Civil Veterinary Dept. Assam report 1911-1927 - 1911-1927
Year: 1911
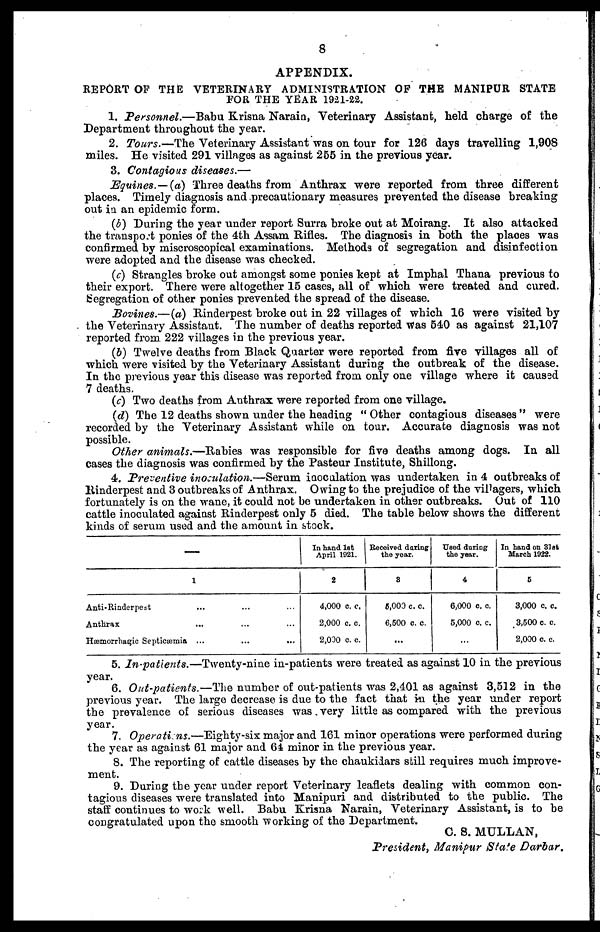
8
APPENDIX.
REPORT OF THE VETERINARY ADMINISTRATION OF THE MANIPUR STATE
FOR THE YEAR 1921-22.
1. Personnel.—Babu Krisna Narain, Veterinary Assistant, held charge of the
Department throughout the year.
2. Tours.—The Veterinary Assistant was on tour for 126 days travelling 1,908
miles. He visited 291 villages as against 255 in the previous year.
3. Contagious diseases.—
Equines.—(a) Three deaths from Anthrax were reported from three different
places. Timely diagnosis and precautionary measures prevented the disease breaking
out in an epidemic form.
(b) During the year under report Surra broke out at Moirang. It also attacked
the transport ponies of the 4th Assam Rifles. The diagnosis in both the places was
confirmed by miscroscopical examinations. Methods of segregation and disinfection
were adopted and the disease was checked.
(c) Strangles broke out amongst some ponies kept at Imphal Thana previous to
their export. There were altogether 15 cases, all of which were treated and cured.
Segregation of other ponies prevented the spread of the disease.
Bovines.—(a) Rinderpest broke out in 22 villages of which 16 were visited by
the Veterinary Assistant. The number of deaths reported was 540 as against 21,107
reported from. 222 villages in the previous year.
(b) Twelve deaths from Black Quarter were reported from five villages all of
which were visited by the Veterinary Assistant during the outbreak of the disease.
In the previous year this disease was reported from only one village where it caused
7 deaths.
(c) Two deaths from Anthrax were reported from one village.
(d) The 12 deaths shown under the heading "Other contagious diseases" were
recorded by the Veterinary Assistant while on tour. Accurate diagnosis was not
possible.
Other animals.—Rabies was responsible for five deaths among dogs. In all
cases the diagnosis was confirmed by the Pasteur Institute, Shillong.
4. Preventive inoculation.—Serum inoculation was undertaken in 4 outbreaks of
Rinderpest and 3 outbreaks of Anthrax. Owing to the prejudice of the villagers, which
fortunately is on the wane, it could not be undertaken in other outbreaks. Out of 110
cattle inoculated against Rinderpest only 5 died. The table below shows the different
kinds of serum used and the amount in stock.
1
Anti-Rinderpest ... ... ...
Anthrax ... ... ...
Hæmorrhagic Septicæmia ... ... ...
In hand 1st
April 1921.
2
4,000 c. c.
2,000 c. c.
2,000 c. c.
Received during
the year.
3
5,000 c. c.
6,500 c. c.
...
Used during
the year.
4
6,000 c. c.
5,000 c. c.
...
In hand on 31st
March 1922.
5
3,000 c. c.
3,500 c. c.
2,000 c. c.
5. In-patients.—Twenty-nine in-patients were treated as against 10 in the previous
year.
6. Out-patients.—The number of out-patients was 2,401 as against 3,512 in the
previous year. The large decrease is due to the fact that in the year under report
the prevalence of serious diseases was very little as compared with the previous
year.
7. Operations.—Eighty-six major and 161 minor operations were performed during
the year as against 61 major and 64 minor in the previous year.
8. The reporting of cattle diseases by the chaukidars still requires much improve-
ment.
9. During the year under report Veterinary leaflets dealing with common con-
tagious diseases were translated into Manipuri and distributed to the public. The
staff continues to work well. Babu Krisna Narain, Veterinary Assistant, is to be
congratulated upon the smooth working of the Department.
C. S. MULLAN,
President, Manipur State Darbar.